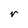
Character: r